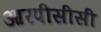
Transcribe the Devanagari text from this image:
आरपीसीसी